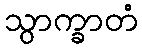
သွာက္ခာတံ